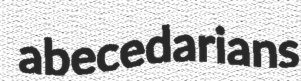
abecedarians